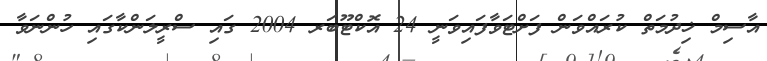
އާސިމް ޚިދުމަތް ކުރައްވަން ފަށްޓަވާފައިވަނީ 24 އޮކްޓޫބަރ 2004 ގައި ސްރީލަންކާގައި ހުންނަވާ